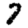
Digit: 7